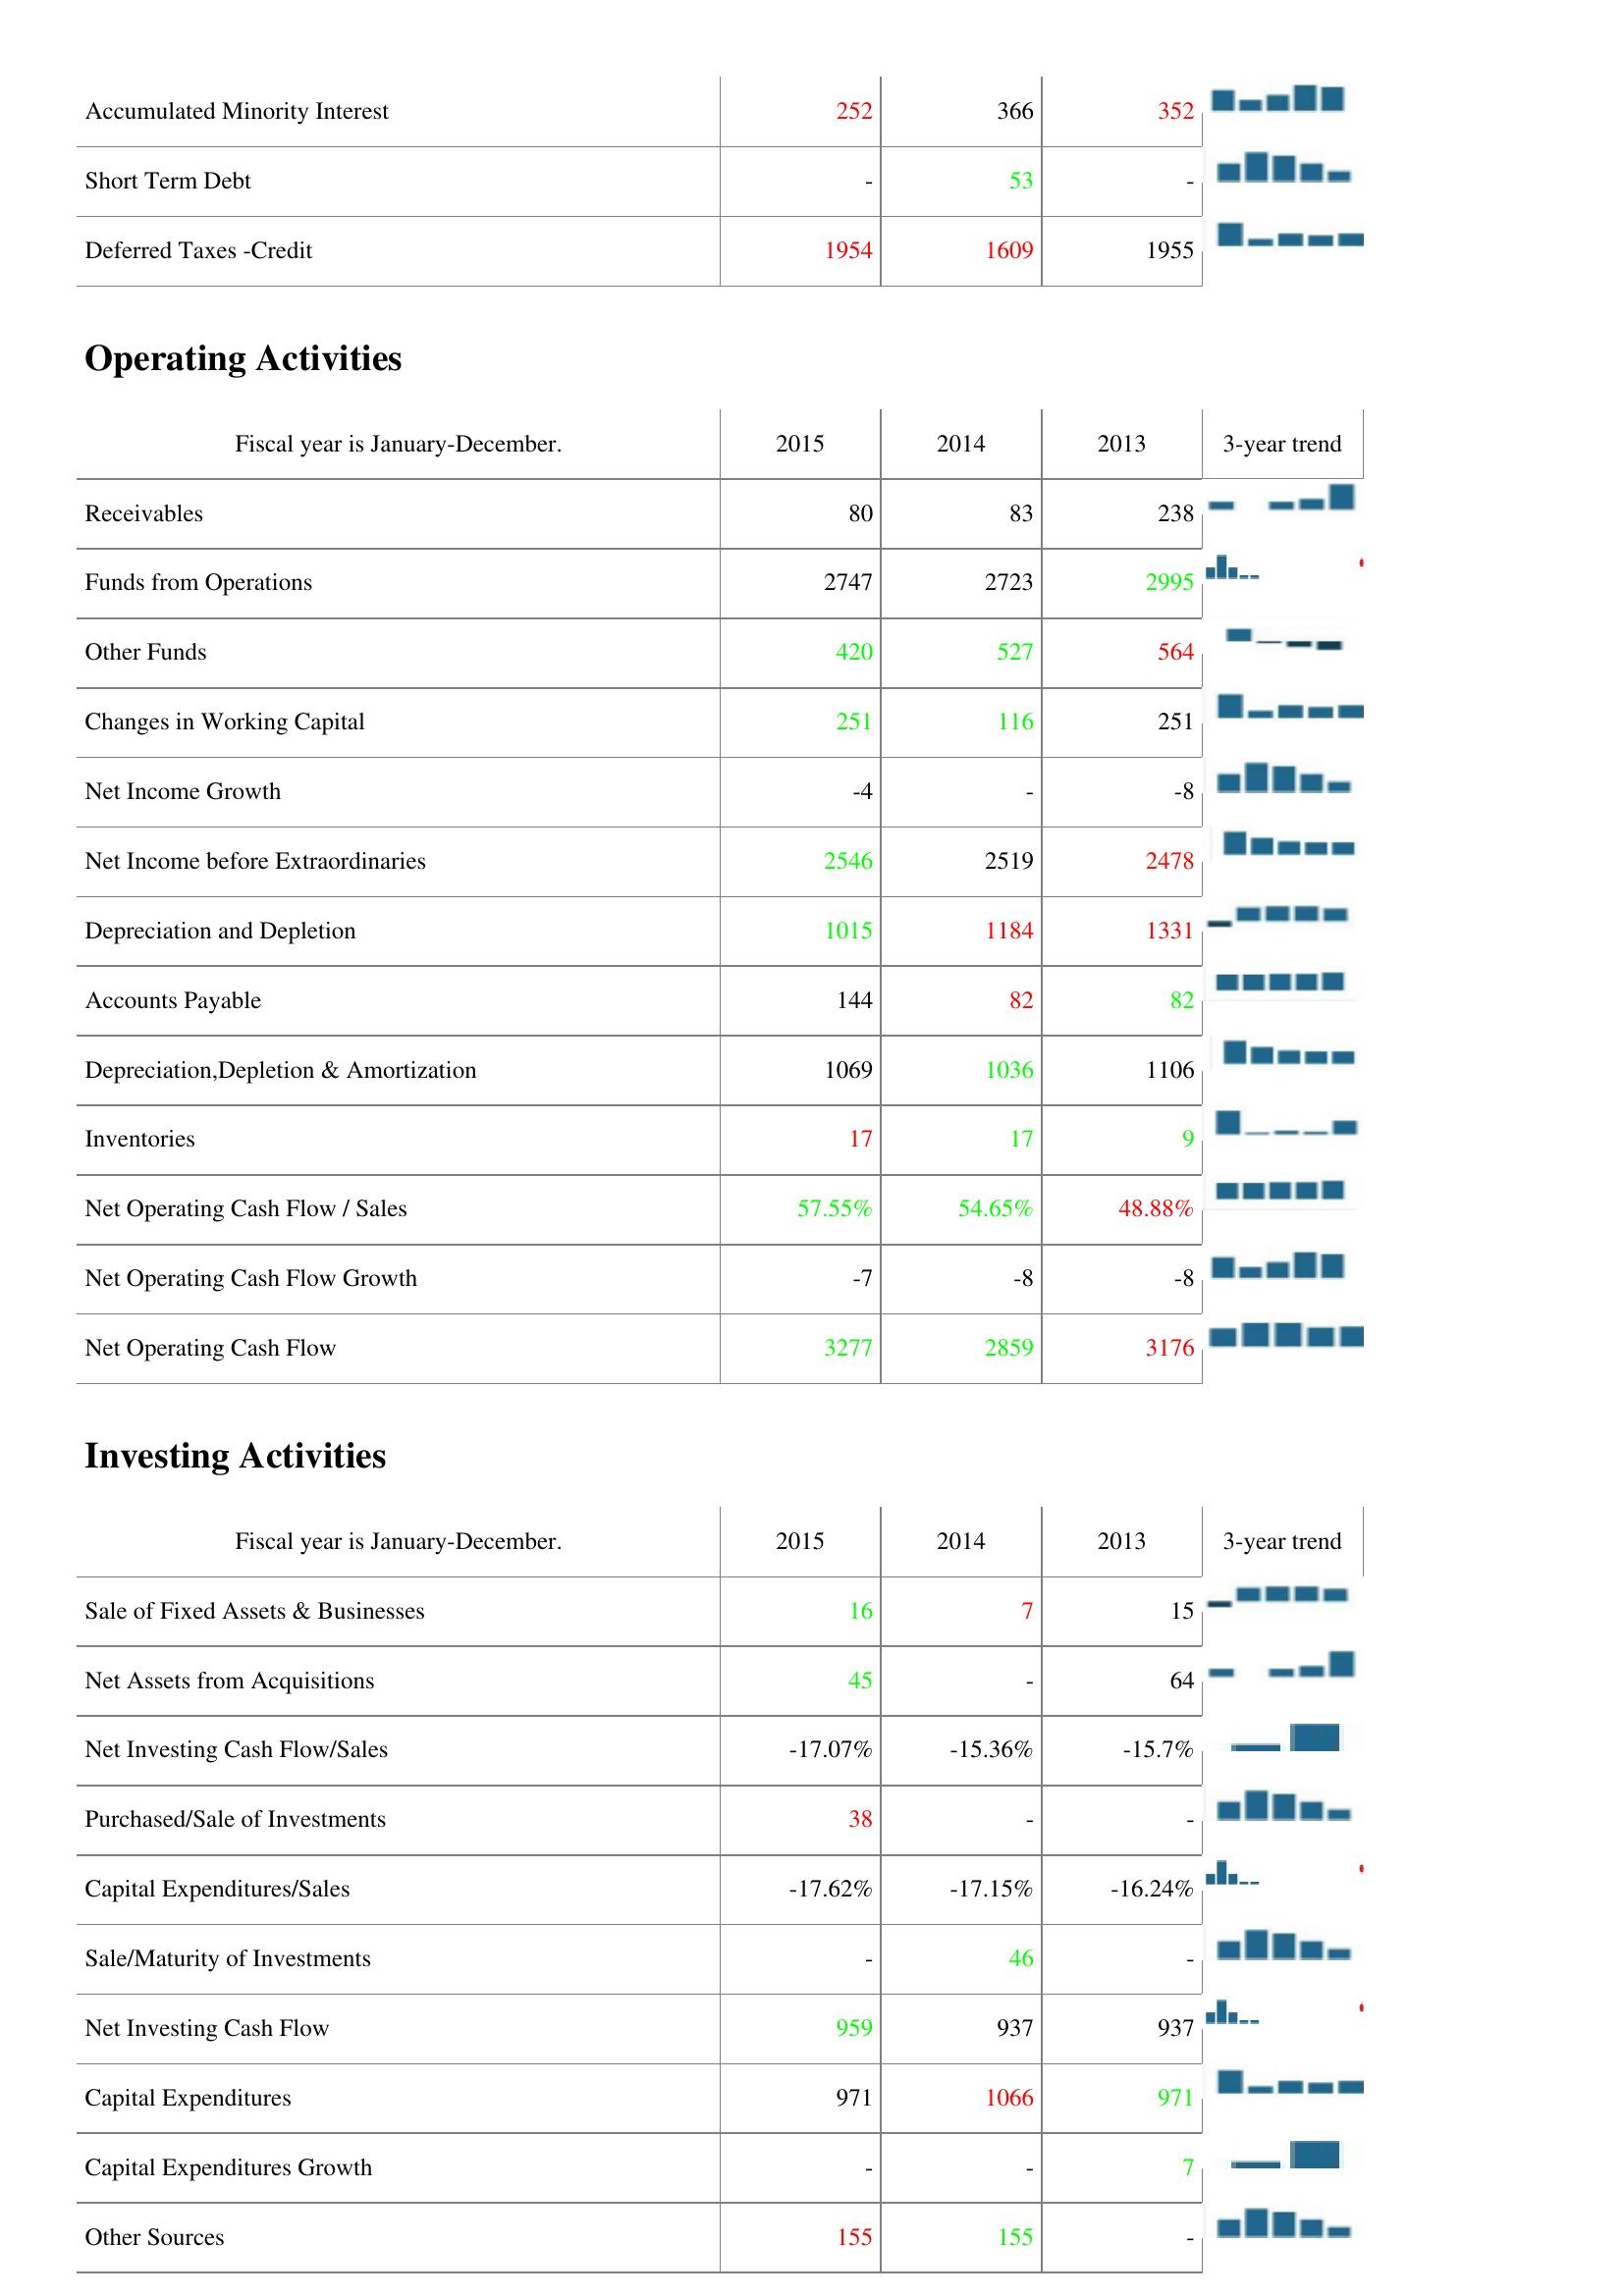
2015: Liabilities & Shareholder's Equity: Accumulated Minority Interest: 252
Short Term Debt: -
Deferred Taxes -Credit: 1954
Operating Activities: Receivables: 80
Funds from Operations: 2747
Other Funds: 420
Changes in Working Capital: 251
Net Income Growth: -4
Net Income before Extraordinaries: 2546
Depreciation and Depletion: 1015
Accounts Payable: 144
Depreciation,Depletion & Amortization: 1069
Inventories: 17
Net Operating Cash Flow / Sales: 57.55%
Net Operating Cash Flow Growth: -7
Net Operating Cash Flow: 3277
Investing Activities: Sale of Fixed Assets & Businesses: 16
Net Assets from Acquisitions: 45
Net Investing Cash Flow/Sales: -17.07%
Purchased/Sale of Investments: 38
Capital Expenditures/Sales: -17.62%
Sale/Maturity of Investments: -
Net Investing Cash Flow: 959
Capital Expenditures: 971
Capital Expenditures Growth: -
Other Sources: 155
2014: Liabilities & Shareholder's Equity: Accumulated Minority Interest: 366
Short Term Debt: 53
Deferred Taxes -Credit: 1609
Operating Activities: Receivables: 83
Funds from Operations: 2723
Other Funds: 527
Changes in Working Capital: 116
Net Income Growth: -
Net Income before Extraordinaries: 2519
Depreciation and Depletion: 1184
Accounts Payable: 82
Depreciation,Depletion & Amortization: 1036
Inventories: 17
Net Operating Cash Flow / Sales: 54.65%
Net Operating Cash Flow Growth: -8
Net Operating Cash Flow: 2859
Investing Activities: Sale of Fixed Assets & Businesses: 7
Net Assets from Acquisitions: -
Net Investing Cash Flow/Sales: -15.36%
Purchased/Sale of Investments: -
Capital Expenditures/Sales: -17.15%
Sale/Maturity of Investments: 46
Net Investing Cash Flow: 937
Capital Expenditures: 1066
Capital Expenditures Growth: -
Other Sources: 155
2013: Liabilities & Shareholder's Equity: Accumulated Minority Interest: 352
Short Term Debt: -
Deferred Taxes -Credit: 1955
Operating Activities: Receivables: 238
Funds from Operations: 2995
Other Funds: 564
Changes in Working Capital: 251
Net Income Growth: -8
Net Income before Extraordinaries: 2478
Depreciation and Depletion: 1331
Accounts Payable: 82
Depreciation,Depletion & Amortization: 1106
Inventories: 9
Net Operating Cash Flow / Sales: 48.88%
Net Operating Cash Flow Growth: -8
Net Operating Cash Flow: 3176
Investing Activities: Sale of Fixed Assets & Businesses: 15
Net Assets from Acquisitions: 64
Net Investing Cash Flow/Sales: -15.7%
Purchased/Sale of Investments: -
Capital Expenditures/Sales: -16.24%
Sale/Maturity of Investments: -
Net Investing Cash Flow: 937
Capital Expenditures: 971
Capital Expenditures Growth: 7
Other Sources: -